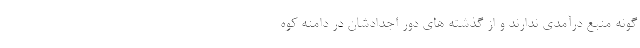
گونه منبع درآمدی ندارند و از گذشته های دور اجدادشان در دامنه کوه